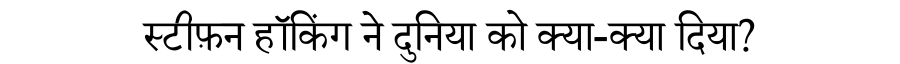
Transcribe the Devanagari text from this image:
स्टीफ़न हॉकिंग ने दुनिया को क्या-क्या दिया?